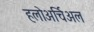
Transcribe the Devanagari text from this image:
हलोअर्चिअल